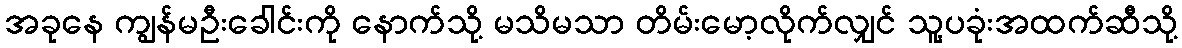
အခုနေ ကျွန်မဦးခေါင်းကို နောက်သို့ မသိမသာ တိမ်းမော့လိုက်လျှင် သူ့ပခုံးအထက်ဆီသို့